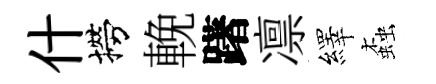
什撈輓躇凛繹螙